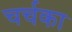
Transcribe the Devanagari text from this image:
चर्चका